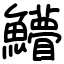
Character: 䲛